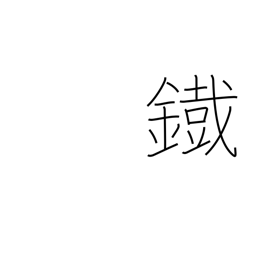
Meaning: iron